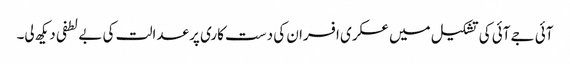
آئی جے آئی کی تشکیل میں عسکری افسران کی دست کاری پر عدالت کی بے لطفی دیکھ لی۔